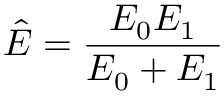
\hat { E } = \frac { E _ { 0 } E _ { 1 } } { E _ { 0 } + E _ { 1 } }